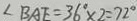
\angle B A E = 3 6 ^ { \circ } \times 2 = 7 2 ^ { \circ }